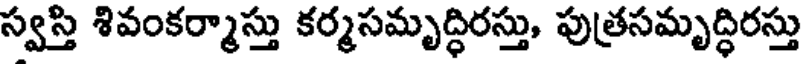
స్వస్తి శివంకర్మాస్తు కర్మసమృద్ధిరస్తు, పుత్రసమృద్ధిరస్తు